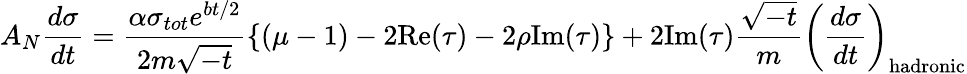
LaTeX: A_{N}\frac{d\sigma}{dt}=\frac{\alpha\sigma_{tot}e^{bt/2}}{2m\sqrt{-t}}\{ (\mu-1)-2\mathrm{Re}(\tau)-2\rho\mathrm{Im}(\tau)\} +2\mathrm{Im}(\tau)\frac{\sqrt{-t}}{m}\left(\frac{d\sigma}{dt}\right)_{\mathrm{hadronic}}